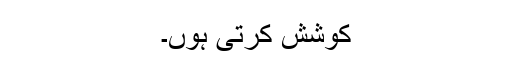
کوشش کرتی ہوں۔